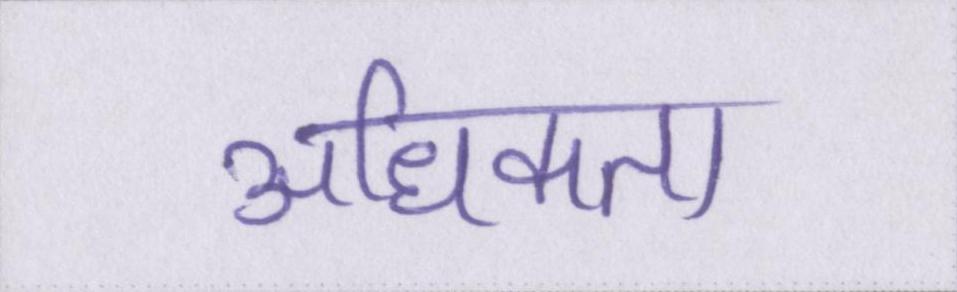
अधिकता